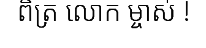
ពិត្រ លោក ម្ចាស់ !